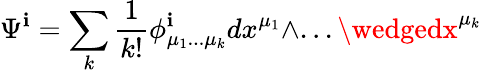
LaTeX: \Psi^{\mathbf{i}}=\sum_{k}{\frac{{1}}{{k!}}}\phi_{\mu_{1}...\mu_{k}}^{\mathbf{i}}dx^{\mu_{1}}\wedge...\wedgedx^{\mu_{k}}